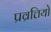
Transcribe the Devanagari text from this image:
प्रव्रत्तियो